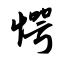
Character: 愕